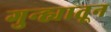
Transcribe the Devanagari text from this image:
गुन्ह्यातून